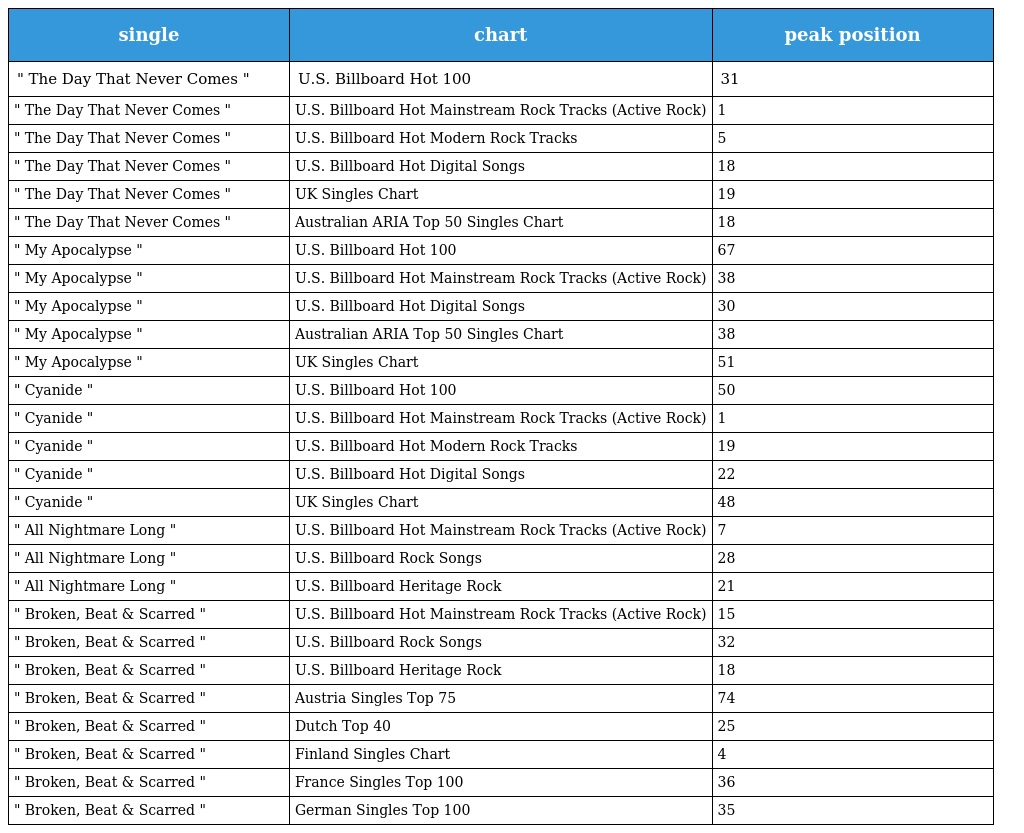
| single | chart | peak position |
 | --- | --- | --- |
 | " The Day That Never Comes " | U.S. Billboard Hot 100 | 31 |
 | " The Day That Never Comes " | U.S. Billboard Hot Mainstream Rock Tracks (Active Rock) | 1 |
 | " The Day That Never Comes " | U.S. Billboard Hot Modern Rock Tracks | 5 |
 | " The Day That Never Comes " | U.S. Billboard Hot Digital Songs | 18 |
 | " The Day That Never Comes " | UK Singles Chart | 19 |
 | " The Day That Never Comes " | Australian ARIA Top 50 Singles Chart | 18 |
 | " My Apocalypse " | U.S. Billboard Hot 100 | 67 |
 | " My Apocalypse " | U.S. Billboard Hot Mainstream Rock Tracks (Active Rock) | 38 |
 | " My Apocalypse " | U.S. Billboard Hot Digital Songs | 30 |
 | " My Apocalypse " | Australian ARIA Top 50 Singles Chart | 38 |
 | " My Apocalypse " | UK Singles Chart | 51 |
 | " Cyanide " | U.S. Billboard Hot 100 | 50 |
 | " Cyanide " | U.S. Billboard Hot Mainstream Rock Tracks (Active Rock) | 1 |
 | " Cyanide " | U.S. Billboard Hot Modern Rock Tracks | 19 |
 | " Cyanide " | U.S. Billboard Hot Digital Songs | 22 |
 | " Cyanide " | UK Singles Chart | 48 |
 | " All Nightmare Long " | U.S. Billboard Hot Mainstream Rock Tracks (Active Rock) | 7 |
 | " All Nightmare Long " | U.S. Billboard Rock Songs | 28 |
 | " All Nightmare Long " | U.S. Billboard Heritage Rock | 21 |
 | " Broken, Beat & Scarred " | U.S. Billboard Hot Mainstream Rock Tracks (Active Rock) | 15 |
 | " Broken, Beat & Scarred " | U.S. Billboard Rock Songs | 32 |
 | " Broken, Beat & Scarred " | U.S. Billboard Heritage Rock | 18 |
 | " Broken, Beat & Scarred " | Austria Singles Top 75 | 74 |
 | " Broken, Beat & Scarred " | Dutch Top 40 | 25 |
 | " Broken, Beat & Scarred " | Finland Singles Chart | 4 |
 | " Broken, Beat & Scarred " | France Singles Top 100 | 36 |
 | " Broken, Beat & Scarred " | German Singles Top 100 | 35 |